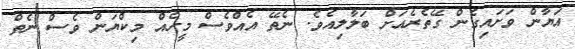
އަޔާން ވަށައިގެން ގޭތެރެއަށް ބަލާލިއެވެ. ނެތޭ އެއްވެސް މީހެއް މިކްޔަން ވެސް ނެތް